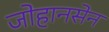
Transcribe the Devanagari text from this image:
जोहानसेन